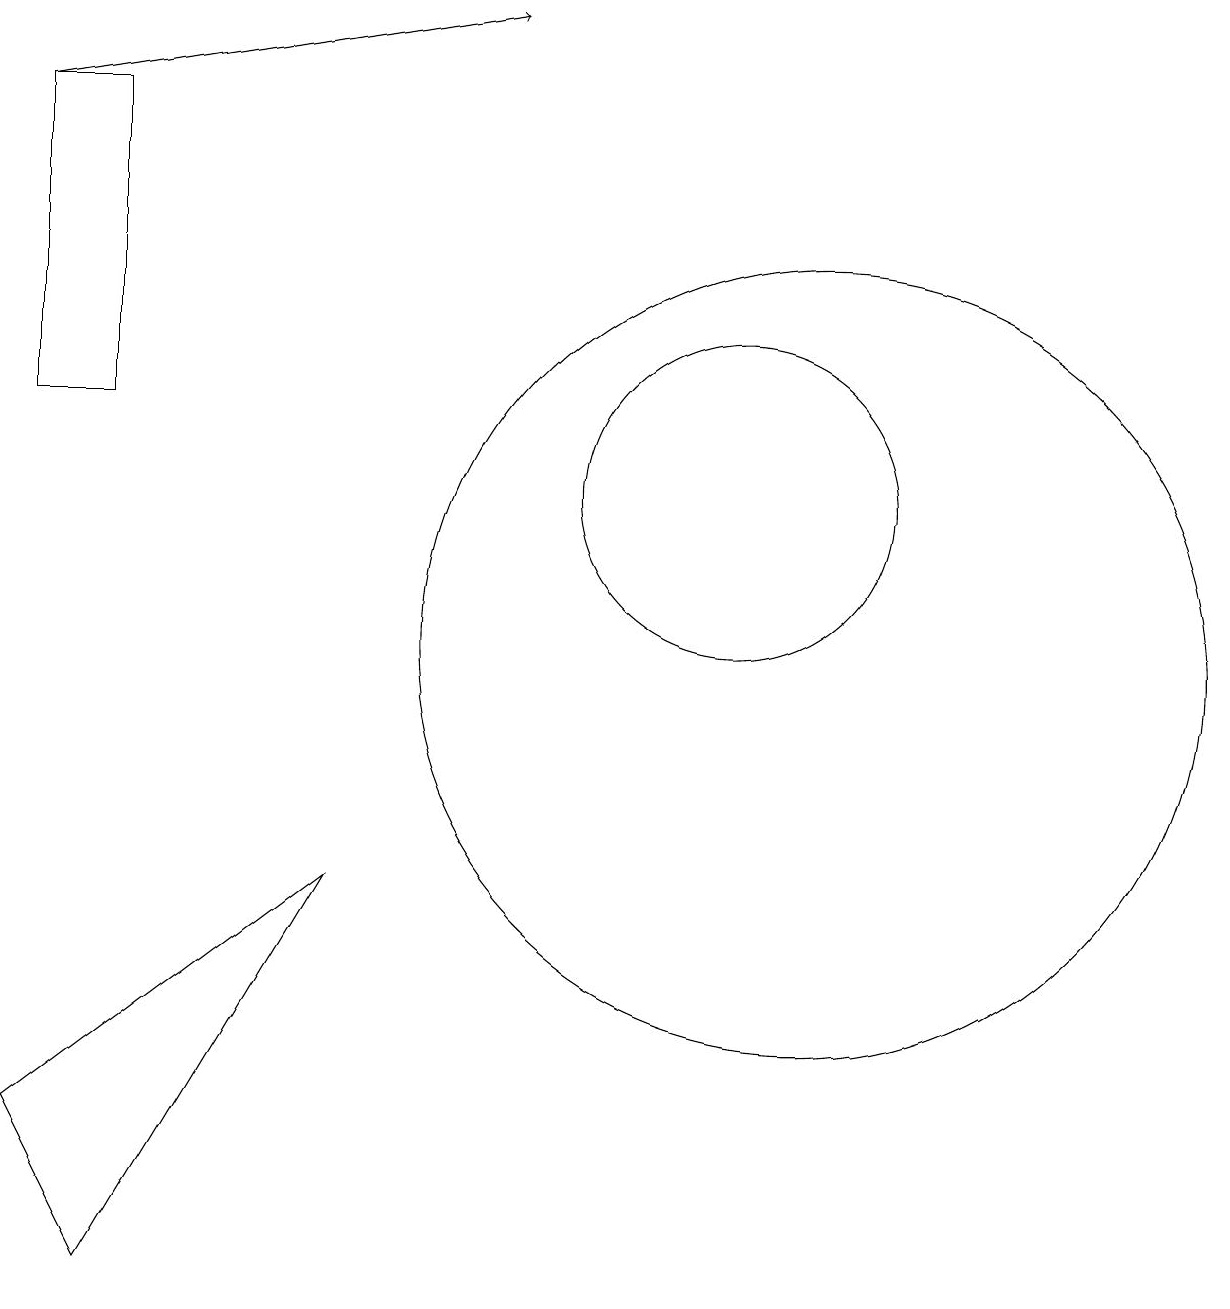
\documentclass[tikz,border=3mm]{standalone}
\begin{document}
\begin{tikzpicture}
\draw[->] (2,17) -- (8,18);
\draw (11,12) circle (2);
\draw (3,2) -- (6,7) -- (2,4) -- cycle;
\draw (2,17) rectangle (3,13);
\draw (12,10) circle (5);
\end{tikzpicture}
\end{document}